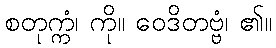
စတုက္ကံ၊ ကို။ ဝေဒိတဗ္ဗံ၊ ၏။